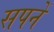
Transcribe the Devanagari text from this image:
सपनें